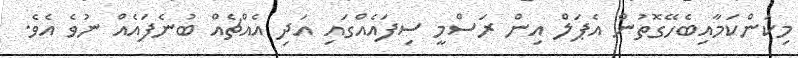
މިކަންކަމާއިބެހޭގޮތުން އެޕަލް އިން ރަސްމީ ސިފައެއްގައި އަދި އެއްޗެއް ބުނެފައެއް ނުވެ އެވެ.